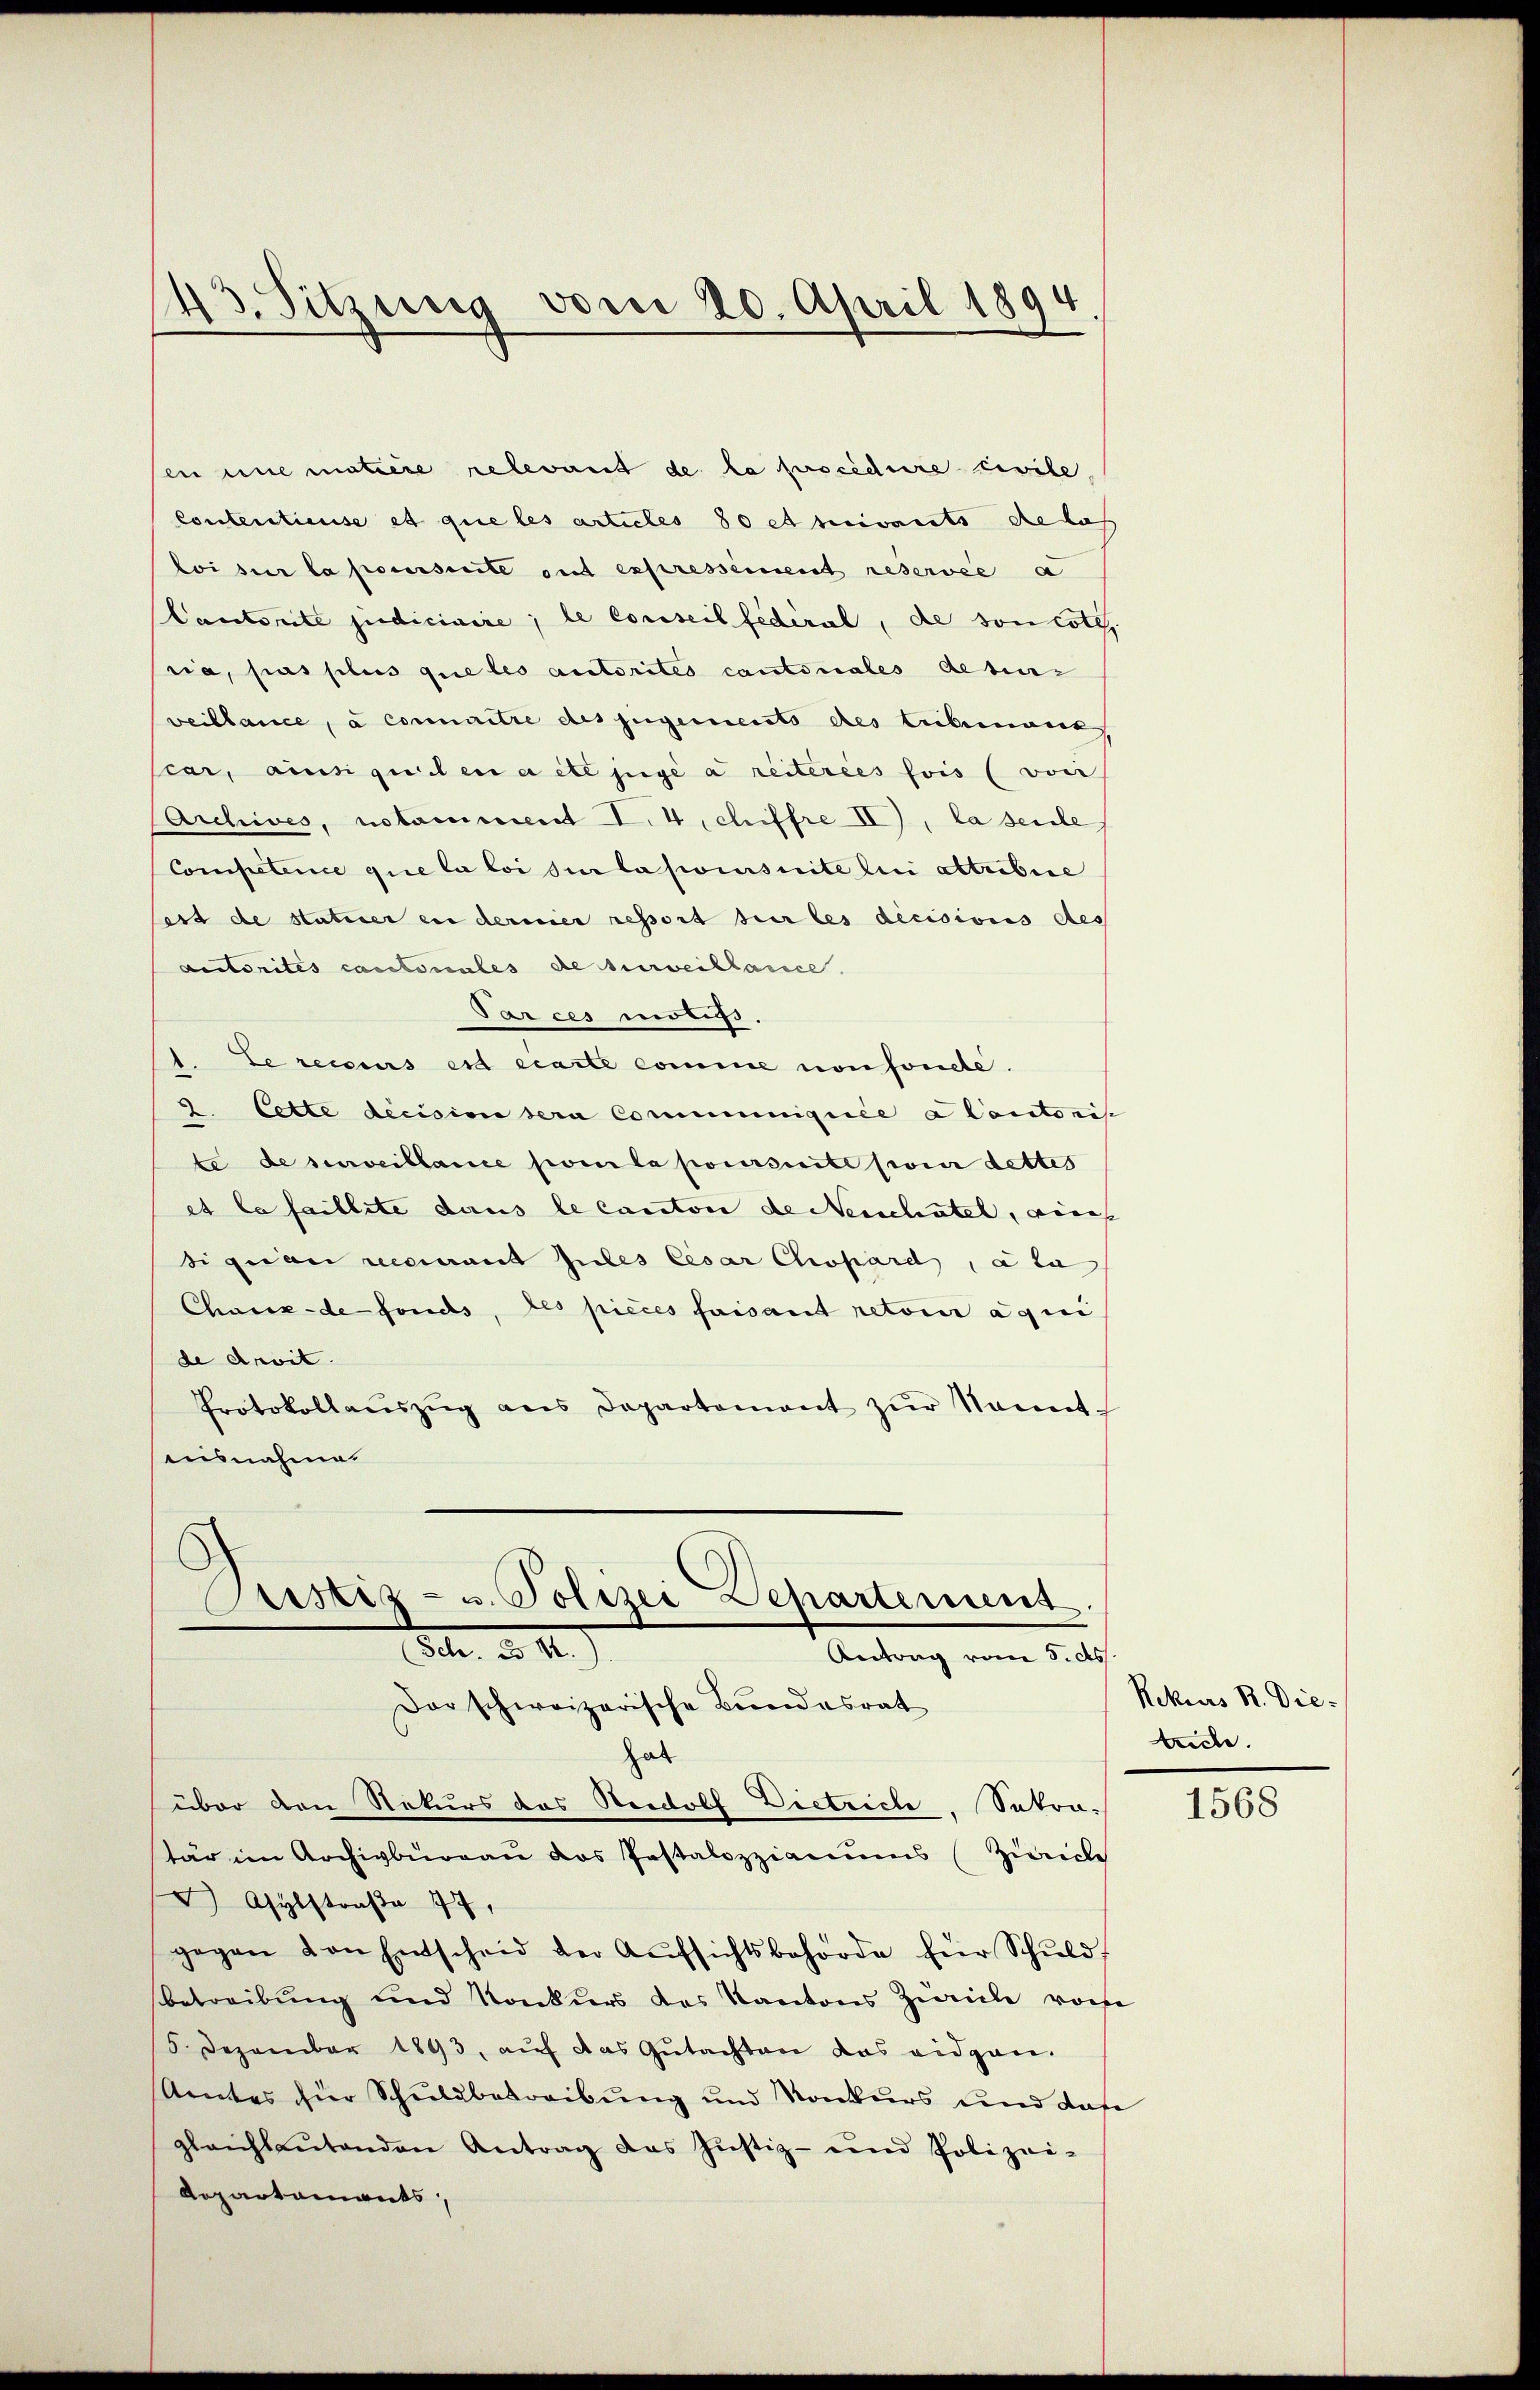
43. Sitzung vom 20. April 1894

en eine metere relevant de la procédure civile
Contentieuse et que les articles 80 et suivants de las
loi sur la poursuite auf expressement reservée a
Cautoritée judiciaire; le Conseil fédéral, de son cote,
sia, pas plus que les autorites cantonales deten-
veillance, à committe des jugements des Erbennank
car, ainsi quilen acte juge a reiteries fois (von
Archives, notamment I. 4, chiffre IV), la seide
Competence que la loi sur la poursuite lui attribie
est de statuer en dermier ressort sur les decisionis des
Lectorites cantonales de surveillance.
Parces moliss.
. Le recours est carte comme vonfonde.
2. Cette decision sera Communiquée a Cantonis
te de surveillance poela poursuite pour dettes
et la faillite dans le canton de Neuchatel, ein
signau recurant les Cesar Chopard, a ta
Chwerz-de fonds, des pieces faisant retoir aqui
de Anvit.
Protokollaŭszŭg ans Departement zŭr Nomit
ausnahme.

Sistiz- u. Polizei Departement
etr. d. 12.
Antrag vom 5. ds.
Dar schweizerische Bundesrat
hab

tär im Archivbüreau das Pestalozzianums (Zürich

über den Rekurs das Reidolf Dietricle, Saton¬
 Asylstraβe 77,
gegen von Entscheid der Aŭfsichtsbehörde für Schŭld-
betreibung und Konkurs des Kantons Zwicke vorhe
5. Dezember 1893, aŭf das Gŭtachten das eidgan-
Amtes für Schuldbetreibung und Konkurs und dase
glaichbaŭtenden Antrag das Jŭstiz- und Polizei-
Repartements

Rekurs R. Die-
triche.

1568